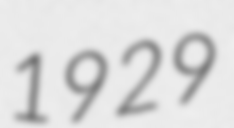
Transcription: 1929